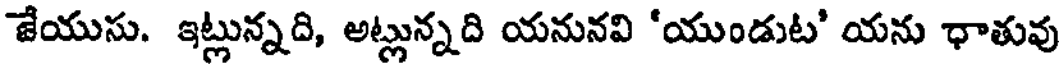
జేయుసు. ఇట్లున్నది, అట్లున్నది యనునవి 'యుండుట' యను ధాతువు